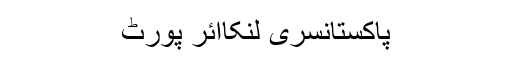
پاکستانسری لنکاائر پورٹ